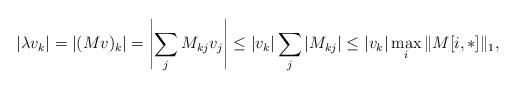
LaTeX: \begin{align*}|\lambda v_k| = |(Mv)_k| = \left|\sum_{j} M_{kj} v_j\right|\le |v_k| \sum_{j} |M_{kj}| \le |v_k| \max_{i} \|M[i,*]\|_1,\end{align*}